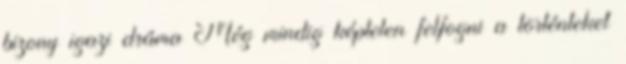
bi­zony igazi dráma Még min­dig kép­te­len fel­fogni a tör­tén­te­ket